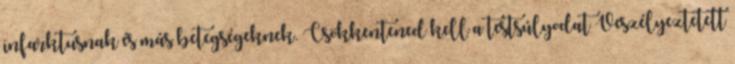
infarktusnak és más betegségeknek. Csökkentened kell a testsúlyodat Veszélyeztetett